Vaccination in Burma 1912-1922 - 1912-1922
Year: 1912
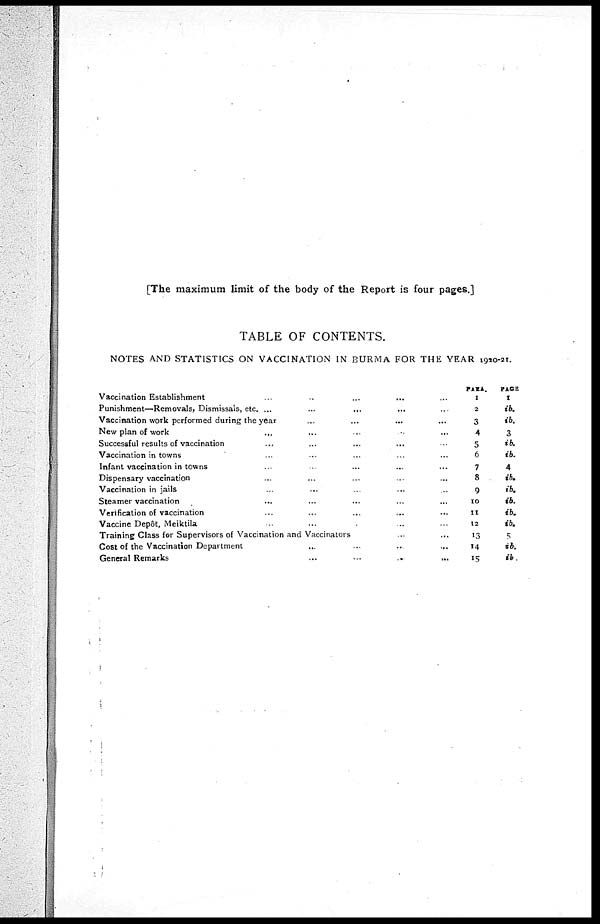
[The maximum limit of the body of the Report is four pages.]
TABLE OF CONTENTS.
NOTES AND STATISTICS ON VACCINATION IN BURMA FOR THE YEAR 1920-21.
Vaccination Establishment ... ... ... ... ...
Punishment—Removals, Dismissals, etc. ... ... ... ... ...
Vaccination work performed during the year ... ... ... ... ...
New plan of work ... ... ... ... ... ... ...
Successful results of vaccination ... ... ... ... ... ... ...
Vaccination in towns ... ... ... ... ... ... ...
Infant vaccination in towns ... ... ... ... ... ... ...
Dispensary vaccination ... ... ... ... ... ... ...
Vaccination in jails ... ... ... ... ... ... ...
Steamer vaccination ... ... ... ... ... ... ...
Verification of vaccination ... ... ... ... ... ... ...
Vaccine Depôt, Meiktila ... ... ... ... ... ... ...
Training Class for Supervisors of Vaccination and Vaccinators ... ... ...
Cost of the Vaccination Department
...
...
...
...
...
General Remarks ... ... ... ... ... ... ...
PARA.
1
2
3
4
5
6
7
8
9
10
11
12
13
14
15
PAGE
1
ib.
ib.
3
ib.
ib.
4
ib.
ib.
ib.
ib.
ib.
5
ib.
ib.